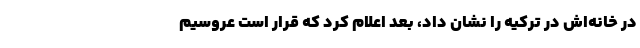
در خانه‌اش در ترکیه را نشان داد، بعد اعلام کرد که قرار است عروسیم